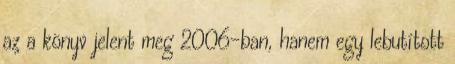
az a könyv jelent meg 2006-ban, hanem egy lebutított